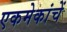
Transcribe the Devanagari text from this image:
एकमेकांचें